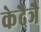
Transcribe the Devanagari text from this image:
केदैञै